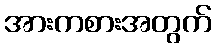
အားကစားအတွက်